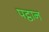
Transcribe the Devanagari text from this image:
पट्ठान